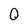
Character: 0